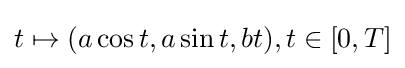
t\mapsto (a\cos t,a\sin t,bt),t\in [0,T]